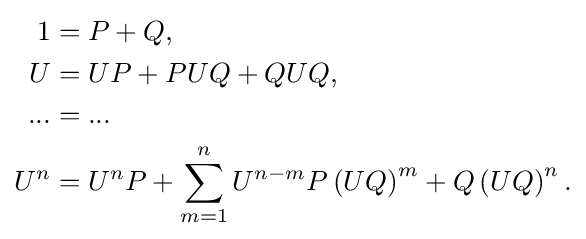
{\begin{aligned}1&=P+Q,\\U&=UP+PUQ+QUQ,\\...&=...\\U^{n}&=U^{n}P+\sum _{m=1}^{n}U^{n-m}P\left(UQ\right)^{m}+Q\left(UQ\right)^{n}.\end{aligned}}